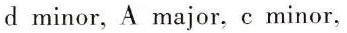
d minor, A major, c minor,